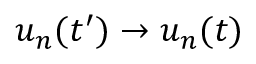
u _ { n } ( t ^ { \prime } ) \rightarrow u _ { n } ( t )